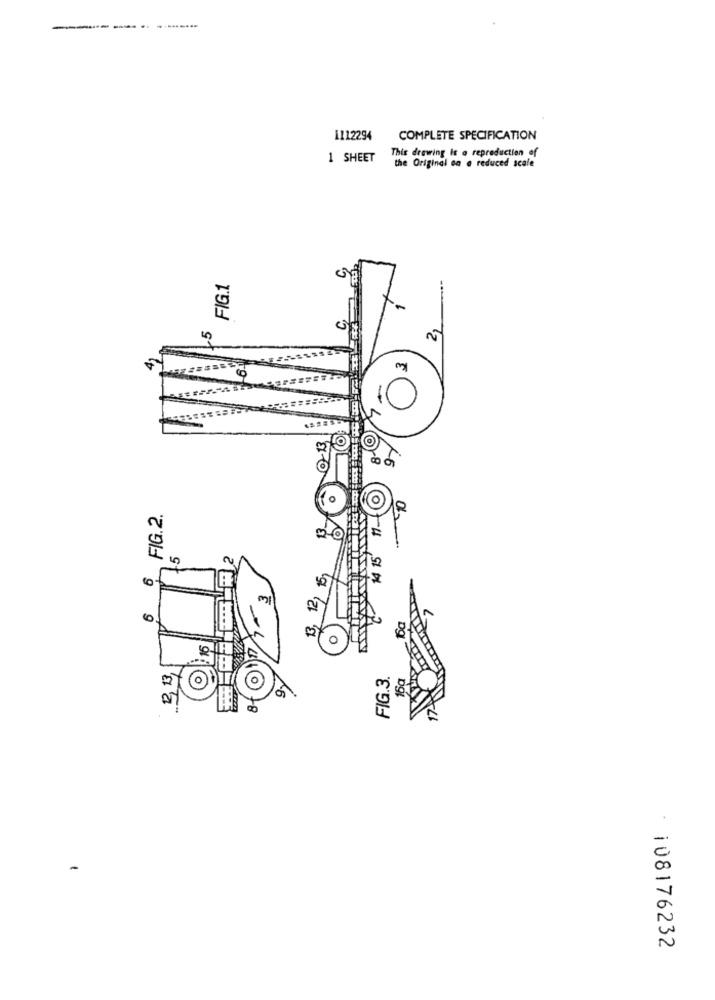
-----------
1112294
COMPLETE SPECIFICATION
1 SHEET
This drawing Is a reproduction of
the Original en a reduced scale
FIG.1
0 13
6 FIG.2.
13, 12, 15,
12, 13,
FIG.3.
16a
0
: 108176232